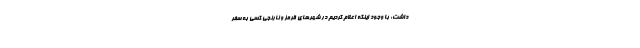
داشت: با وجود اینکه اعلام کردیم در شهرهای قرمز و نارنجی کسی به سفر